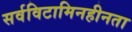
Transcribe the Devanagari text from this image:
सर्वविटामिनहीनता